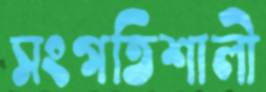
সংগতিশালী